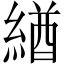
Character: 緧